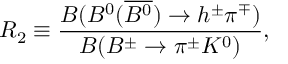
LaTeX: R _ { 2 } \equiv \frac { { \cal B } ( B ^ { 0 } ( \overline { { { B ^ { 0 } } } } ) \to h ^ { \pm } \pi ^ { \mp } ) } { { \cal B } ( B ^ { \pm } \to \pi ^ { \pm } K ^ { 0 } ) } ,